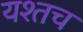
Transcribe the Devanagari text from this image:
यश्तच